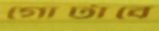
গোটাবে